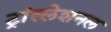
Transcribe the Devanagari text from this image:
ट्रांस्लेशनल